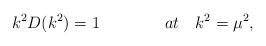
LaTeX: \begin{align*}k^2 D(k^2) = 1 \qquad \qquad at \quad k^2 = {\mu}^2,\end{align*}